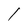
Character: l